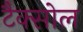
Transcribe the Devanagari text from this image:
टैक्सोल